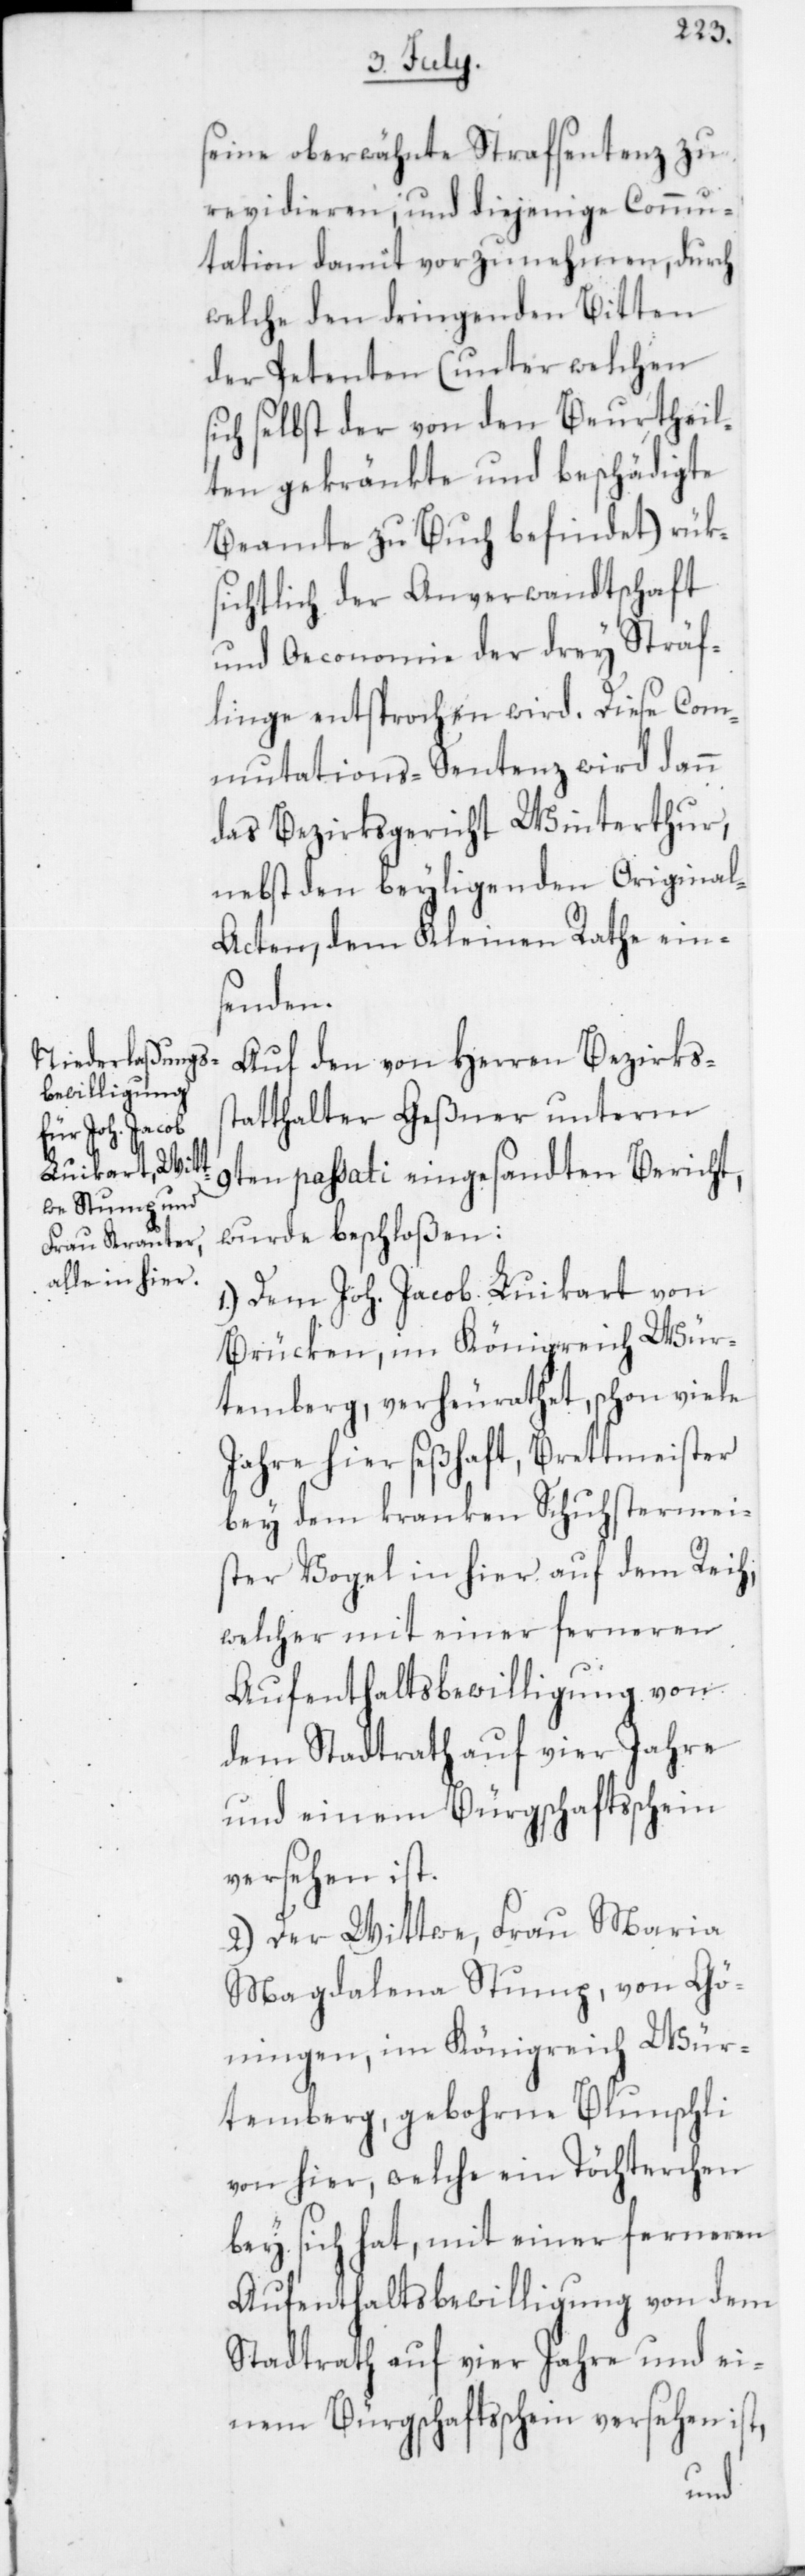
seine oberwähnte Strafsentenz zu
revidieren, und diejenige Commu¬
tation damit vorzunehmen, durch
welche den dringenden Bitten
der Petenten (unter welchen
sich selbst der von den Beurtheil¬
ten gekränkte und beschädigte
Beamte zu Buch befindet) rüks¬
ichtlich der Anverwandtschaft
und Oeconomie der drey Sträf¬
linge entsprochen wird. Diese Com¬
mutations-Sentenz wird dann
das Bezirksgericht Winterthur,
nebst den beyligenden Origina¬
l-Acten, dem Kleinen Rathe ein¬
senden.
Auf den von Herren Bezirkss¬
tatthalter Geßner unterm
9ten passati eingesandten Bericht,
wurde beschloßen:
1. Dem Joh. Jacob Luikart von
Brücken im Königreich Wür¬
temberg, verheurathet, schon viele
Jahre hier seßhaft, Brettmeister
bey dem kranken Schuhstermei¬
ster Vogel in hier auf dem Reich,
welcher mit einer ferneren
Aufenthaltsbewilligung von
dem Stadtrath auf vier Jahre
und einem Bürgschaftsschein
versehen ist.
2. Der Wittwe, Frau Maria
Magdalena Stump, von Gö¬
ningen im Königreich Wür¬
temberg, gebohrene Blunschli
von hier, welche ein Töchterchen
bey sich hat, mit einer ferneren
Aufenthaltsbewilligung von dem
Stadtrath auf vier Jahre und ei¬
nem Bürgschaftsschein versehen ist,